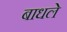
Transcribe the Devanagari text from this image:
बाधले